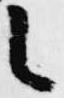
者